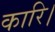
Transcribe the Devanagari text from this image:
कारि।